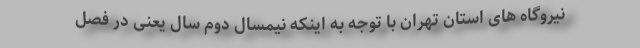
نیروگاه های استان تهران با توجه به اینکه نیمسال دوم سال یعنی در فصل